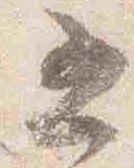
五